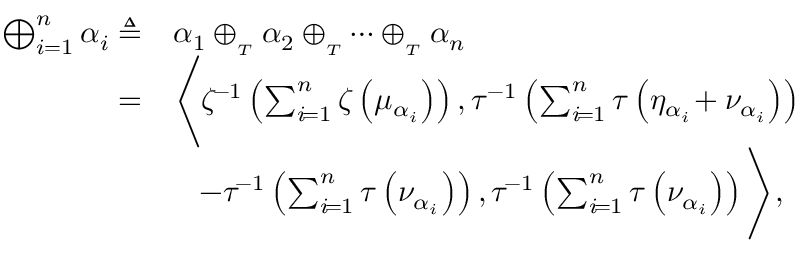
\begin{array} { r l } { \bigoplus _ { i = 1 } ^ { n } \alpha _ { i } \triangleq } & { \alpha _ { 1 } \oplus _ { _ { T } } \alpha _ { 2 } \oplus _ { _ { T } } \cdots \oplus _ { _ { T } } \alpha _ { n } } \\ { = } & { \Bigg \langle \zeta ^ { \! - 1 } \left( \sum _ { i \! = 1 } ^ { n } \zeta \left( \mu _ { \alpha _ { i } } \right) \right) , \tau ^ { - 1 } \left( \sum _ { i \! = 1 } ^ { n } \tau \left( \eta _ { \alpha _ { i } } \! + \nu _ { \alpha _ { i } } \right) \right) } \\ & { \quad \! - \tau ^ { \! - 1 } \left( \sum _ { i \! = 1 } ^ { n } \tau \left( \nu _ { \alpha _ { i } } \right) \right) , \tau ^ { \! - 1 } \left( \sum _ { i \! = 1 } ^ { n } \tau \left( \nu _ { \alpha _ { i } } \right) \right) \Bigg \rangle , } \end{array}